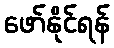
ဖော်နိုင်ရန်